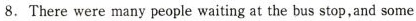
8. There were many people waiting at the bus stop,and some